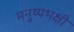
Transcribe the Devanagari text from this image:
मनुष्यभक्षी